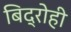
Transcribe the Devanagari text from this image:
बिद्रोही